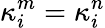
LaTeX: \kappa_{i}^{m}=\kappa_{i}^{n}